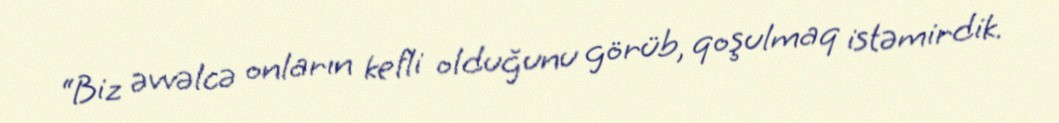
“Biz əvvəlcə onların kefli olduğunu görüb, qoşulmaq istəmirdik.